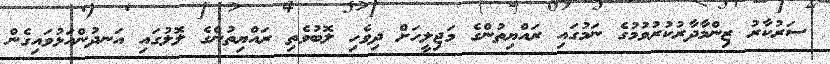
ސަރުކާރު ޒިންމާދާރުކުރުވުމުގެ ނަމުގައި ރައްޔިތުންގެ މަޖިލީހަށް ދިވެހި ލޮބުވެތި ރައްޔިތުންގެ ލޮލުގައި އަނދުންއަޅުވައިގެން